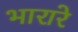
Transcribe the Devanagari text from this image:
भारारे